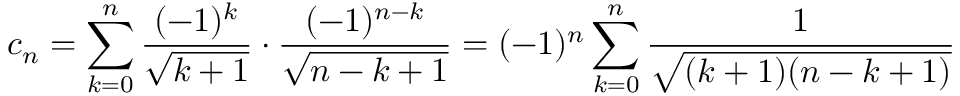
c _ { n } = \sum _ { k = 0 } ^ { n } { \frac { ( - 1 ) ^ { k } } { \sqrt { k + 1 } } } \cdot { \frac { ( - 1 ) ^ { n - k } } { \sqrt { n - k + 1 } } } = ( - 1 ) ^ { n } \sum _ { k = 0 } ^ { n } { \frac { 1 } { \sqrt { ( k + 1 ) ( n - k + 1 ) } } }